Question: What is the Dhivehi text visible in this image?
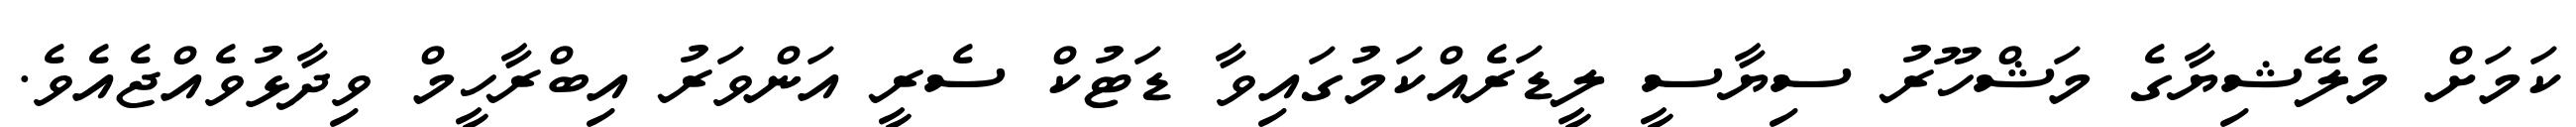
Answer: ކަމަށް މެލޭޝިޔާގެ މަޝްހޫރު ސިޔާސީ ލީޑަރެއްކަމުގައިވާ ޑަޓުކް ސެރީ އަންވަރު އިބްރާހީމް ވިދާޅުވެއްޖެއެވެ.